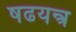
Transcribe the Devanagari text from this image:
षढयन्त्र